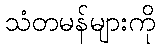
သံတမန်များကို